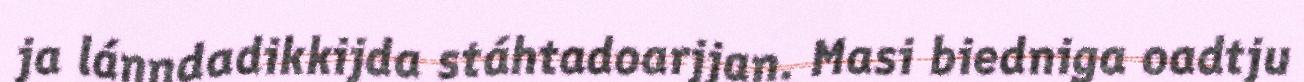
ja lánndadikkijda stáhtadoarjjan. Masi biedniga oadtju